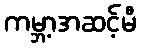
ကမ္ဘာ့အဆင့်မီ